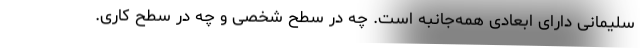
سلیمانی دارای ابعادی همه‌جانبه است. چه در سطح شخصی و چه در سطح کاری.